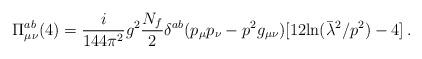
LaTeX: \begin{align*}\Pi_{\mu \nu}^{ab}(4) = \frac i{144 \pi^2}g^2 \frac{N_f}{2}\delta^{ab}(p_\mu p_\nu-p^2 g_{\mu \nu}) [12 \mbox{ln}(\bar {\lambda}^2/p^2) -4] \, .\end{align*}